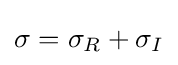
\sigma =\sigma _{R}+\sigma _{I}